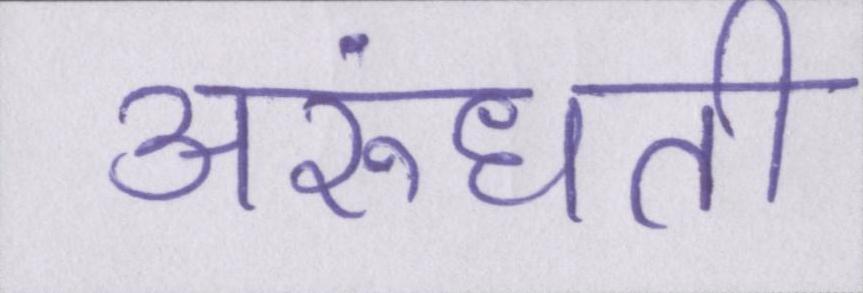
अरुंधती